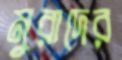
মুরাদের